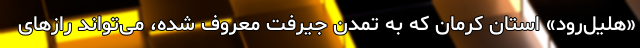
«هلیل‌رود» استان کرمان که به تمدن جیرفت معروف شده، می‌تواند رازهای